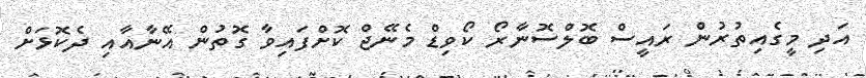
އަދި މީގެއިތުރުން ރައީސް ބޮލްސޮނާރޯ ކޯވިޑް މެނޭޖް ކޮށްފައިވާ ގޮތުން އޭނާއާއި ދެކޮޅަށް